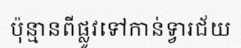
ប៉ុន្មានពីផ្លូវទៅកាន់ទ្វារជ័យ